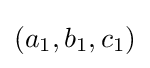
(a_{1},b_{1},c_{1})